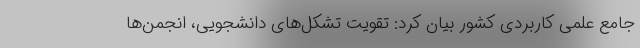
جامع علمی کاربردی کشور بیان کرد: تقویت تشکل‌های دانشجویی، انجمن‌ها